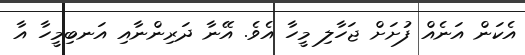
އެކަން އަނެއް ފުށަށް ޖަހާލި މީހާ އެވެ. އޭނާ ދަރިންނާއި އަނބިމީހާ އާ